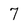
Character: 7